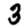
Digit: 3